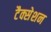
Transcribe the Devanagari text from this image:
टैक्सेशन